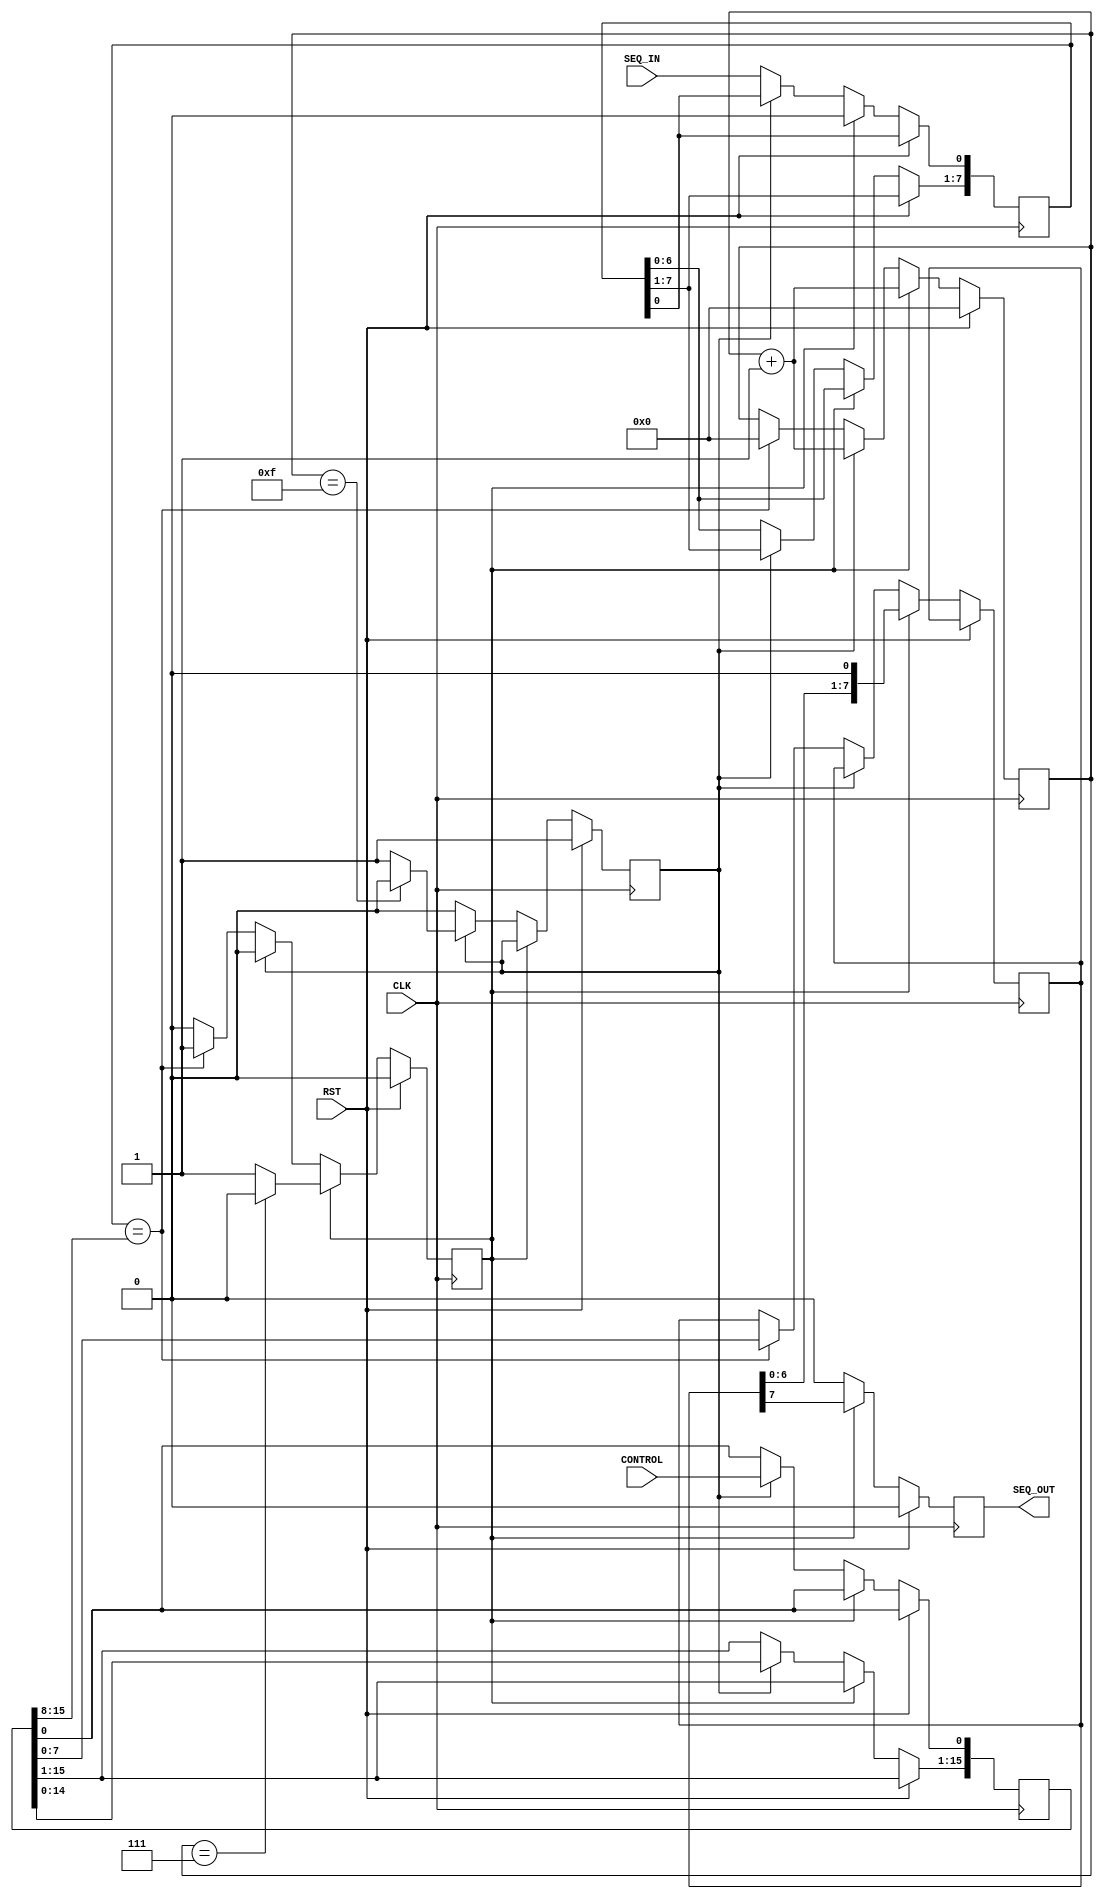
// This program was cloned from: https://github.com/BrosnanYuen/tt07-Neuromorphic-ASIC-with-96-Neurons
// License: Apache License 2.0

`default_nettype none

module single_neuron #(parameter MEMORY = 8)(
    input CLK,
    input RST,
    input CONTROL,
    input  SEQ_IN,
    output SEQ_OUT
    );
    
    reg SEQ_OUT_REG = 0;
    
    reg [$clog2(2*MEMORY)-1:0] COUNTER = 0;
    reg WRITE_STATE = 0;
    reg READ_STATE = 0;
    
    reg [MEMORY-1:0] IN_BUF = 0;
    reg [(2*MEMORY)-1:0] TARGET = 0;
    
    reg [MEMORY-1:0] OUT_BUF = 0;
    
     always@(posedge CLK)
      begin
         if(RST)  begin
            WRITE_STATE <= 1'b1;
            READ_STATE <= 1'b0;
            COUNTER <= 0;
            SEQ_OUT_REG <= 1'b0;
         end else  if (READ_STATE) begin
            SEQ_OUT_REG <= OUT_BUF[MEMORY-1];
            OUT_BUF <= OUT_BUF << 1;
            
            COUNTER <= COUNTER + 1;
            if (COUNTER == (MEMORY-1) ) begin
                READ_STATE <= 1'b0;

            end
            
            IN_BUF <= IN_BUF << 1;
            
         end else if (WRITE_STATE) begin
            TARGET <= TARGET << 1;
            TARGET[0] <= CONTROL;
            COUNTER <= COUNTER + 1;
            if (COUNTER == ((2*MEMORY)-1) ) begin
                WRITE_STATE <= 1'b0;
            end
            SEQ_OUT_REG <= 1'b0;
        end else  begin
        
            if (IN_BUF == TARGET[(2*MEMORY)-1:MEMORY]) begin
                READ_STATE <= 1'b1;
                COUNTER <= 0;
                OUT_BUF <= TARGET[MEMORY-1:0];
            end
        
            IN_BUF <= IN_BUF << 1;
            
            IN_BUF[0] <= SEQ_IN;
            SEQ_OUT_REG <= 1'b0;
            
        end

    
      end
    
    
    assign SEQ_OUT = SEQ_OUT_REG;
endmodule